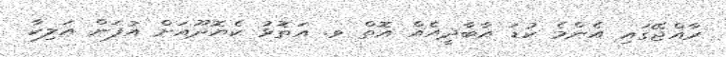
ރާއްޖޭގައި އެންމެ ކުޑަ އާބާދީއެއް އޮތް ވ. އަތޮޅު ކެޔޮދޫއަށް އުފަން އަލިކާ